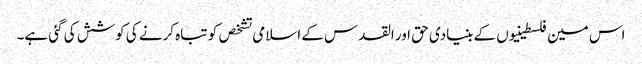
اس مین فلسطینیوں کے بنیادی حق اور القدس کے اسلامی تشخص کو تباہ کرنے کی کوشش کی گئی ہے۔